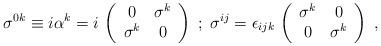
LaTeX: \begin{align*}\sigma^{0 k} \equiv i \alpha^{k} = i \,\left( \begin{array}{cc} 0 & \sigma^k \\ \sigma^k & 0 \end{array} \right)\; ; \; \sigma^{i j} = \epsilon_{ijk} \,\left( \begin{array}{cc} \sigma^k & 0 \\ 0 & \sigma^k \end{array} \right) \; ,\end{align*}